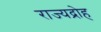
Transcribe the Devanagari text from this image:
राज्यद्रोह